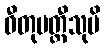
ဓီတုမတ္တီသုပိ